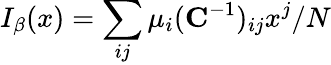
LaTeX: I_{\beta}(x)=\sum_{ij}\mu_{i}(\mathbf{C}^{-1})_{ij}x^{j}/N